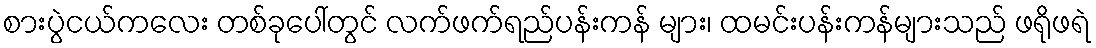
စားပွဲငယ်ကလေး တစ်ခုပေါ်တွင် လက်ဖက်ရည်ပန်းကန် များ၊ ထမင်းပန်းကန်များသည် ဖရိုဖရဲ